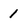
Character: 1